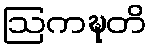
ဩကဍ္ဎတိ